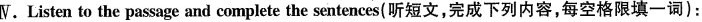
V. Listen to the passage and complete the sentences(听短文,完成下列内容,每空格限填一词):